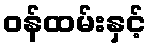
ဝန်ထမ်းနှင့်